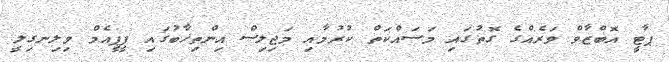
ޕާޓީ އޮބްޒާވް ވަރެއްގެ ގޮތުގައި މަސައްކަތް ކުރުމާއި މަޖިލިސް އިންތިޚާބުގައި ޕީޕީއެމް ވިލިނގިލީ